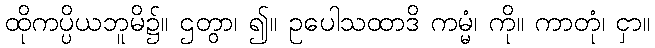
ထိုကပ္ပိယဘူမိ၌။ ဌတွာ၊ ၍။ ဥပေါသထာဒိ ကမ္မံ၊ ကို။ ကာတုံ၊ ငှာ။